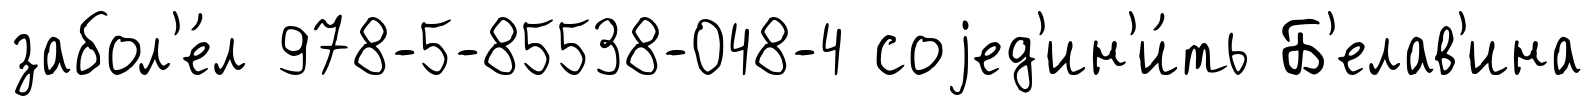
забол'е́л 978-5-85538-048-4 соjед'ин'и́ть Б'елав'ина